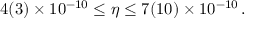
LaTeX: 4 ( 3 ) \times 1 0 ^ { - 1 0 } \leq \eta \leq 7 ( 1 0 ) \times 1 0 ^ { - 1 0 } \, .